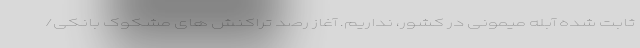
ثابت شده آبله میمونی در کشور، نداریم. آغاز رصد تراکنش های مشکوک بانکی/